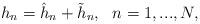
LaTeX: \begin{align*}h_n=\hat{h}_n+\tilde{h}_n,\ \ n=1,...,N,\end{align*}